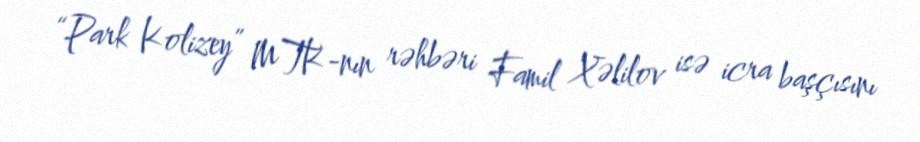
“Park Kolizey” MTK-nın rəhbəri Famil Xəlilov isə icra başçısını